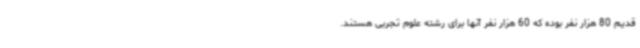
قدیم 80 هزار نفر بوده که 60 هزار نفر آنها برای رشته علوم تجربی هستند.